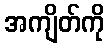
အကျိတ်ကို